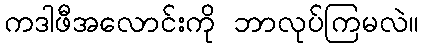
ကဒါဖီအလောင်းကို ဘာလုပ်ကြမလဲ။